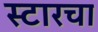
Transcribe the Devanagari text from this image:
स्टारचा